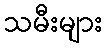
သမီးများ